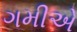
ગમીએ